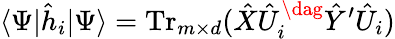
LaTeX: \langle\Psi|\hat{h}_{i}|\Psi\rangle=\operatorname{Tr}_{m\times d}(\hat{X}\hat{U}_{i}^{\dag}\hat{Y}^{\prime}\hat{U}_{i})